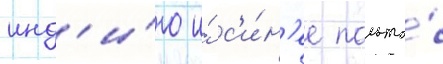
инд'и́го и́ с'и́н'ее пальто́